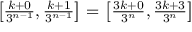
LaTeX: \textstyle \left[ { \frac { k + 0 } { 3 ^ { n - 1 } } } , { \frac { k + 1 } { 3 ^ { n - 1 } } } \right] = \left[ { \frac { 3 k + 0 } { 3 ^ { n } } } , { \frac { 3 k + 3 } { 3 ^ { n } } } \right]